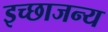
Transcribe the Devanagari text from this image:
इच्छाजन्य